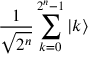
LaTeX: { \frac { 1 } { \sqrt { 2 ^ { n } } } } \sum _ { k = 0 } ^ { 2 ^ { n } - 1 } | k \rangle